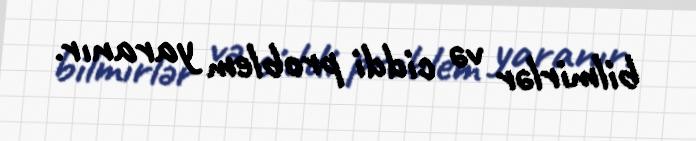
bilmirlər və ciddi problem yaranır.